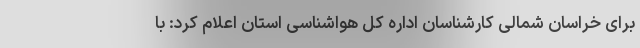
برای خراسان شمالی کارشناسان اداره کل هواشناسی استان اعلام کرد: با